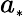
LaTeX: a_{\scriptscriptstyle*}